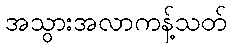
အသွားအလာကန့်သတ်